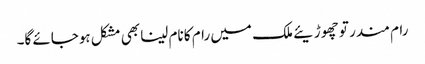
رام مندر تو چھوڑیئے ملک میں رام کا نام لینا بھی مشکل ہوجائے گا۔